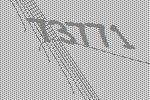
73771